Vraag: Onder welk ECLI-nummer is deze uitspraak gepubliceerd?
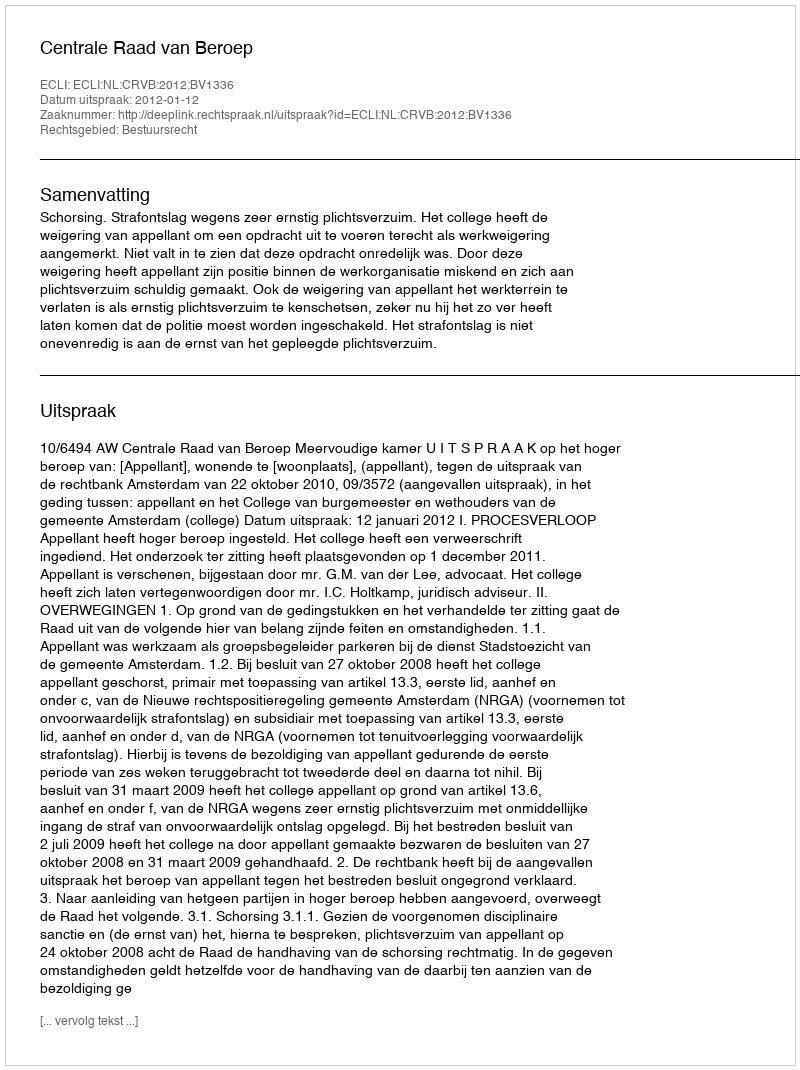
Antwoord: ECLI:NL:CRVB:2012:BV1336